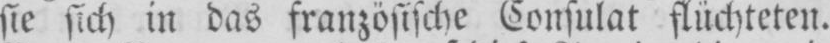
sie sich in das französische Consulat flüchteten.